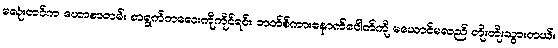
မလုံးတင်က ဟောစာတမ်း စာရွက်ကလေးကိုကိုင်ရင်း ဘတ်စ်ကားနောက်ပေါက်ကို မယောင်မလည် တိုးတိုးသွားတယ်။